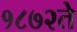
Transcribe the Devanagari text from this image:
१८७२ते